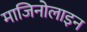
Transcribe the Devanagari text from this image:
माजिनोलाइन